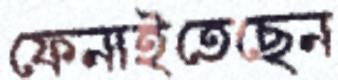
ফেনাইতেছেন